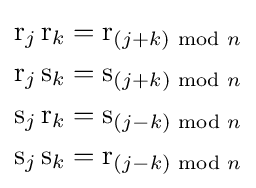
{\begin{aligned}\mathrm {r} _{j}\,\mathrm {r} _{k}&=\mathrm {r} _{(j+k){\text{ mod }}n}\\\mathrm {r} _{j}\,\mathrm {s} _{k}&=\mathrm {s} _{(j+k){\text{ mod }}n}\\\mathrm {s} _{j}\,\mathrm {r} _{k}&=\mathrm {s} _{(j-k){\text{ mod }}n}\\\mathrm {s} _{j}\,\mathrm {s} _{k}&=\mathrm {r} _{(j-k){\text{ mod }}n}\end{aligned}}